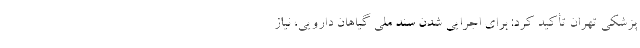
پزشکی تهران تأکید کرد: برای اجرایی شدن سند ملی گیاهان دارویی، نیاز